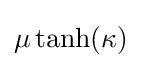
\mu \,{\text{tanh}}(\kappa )